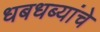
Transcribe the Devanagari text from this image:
धबधब्यांचे